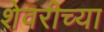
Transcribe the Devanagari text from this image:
शेवरीच्या